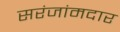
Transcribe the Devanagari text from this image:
सरंजांमदार